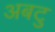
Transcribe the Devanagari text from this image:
अबटु